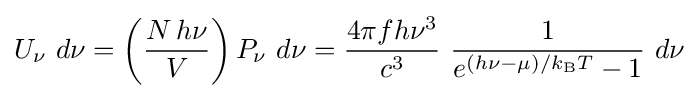
U_{\nu }~d\nu =\left({\frac {N\,h\nu }{V}}\right)P_{\nu }~d\nu ={\frac {4\pi fh\nu ^{3}}{c^{3}}}~{\frac {1}{e^{(h\nu -\mu )/k_{\rm {B}}T}-1}}~d\nu